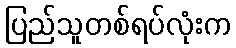
ပြည်သူတစ်ရပ်လုံးက